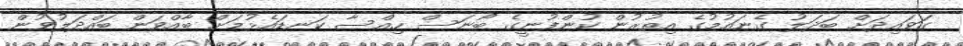
ގަވައިދަށް ބަދަލު ގެނައުމުގެ އިތުރުން ކުންފުނީގެ ބޯނަސް ހިއްސާ ކަނޑައެޅުމަށް ބާއްވަން ބައްދަލުވުން